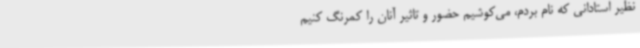
نظیر استادانی که نام بردم، می‌کوشیم حضور و تاثیر آنان را کمرنگ کنیم